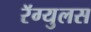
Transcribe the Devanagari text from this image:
रॅग्युलस